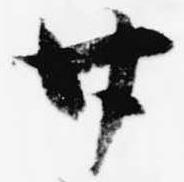
廿